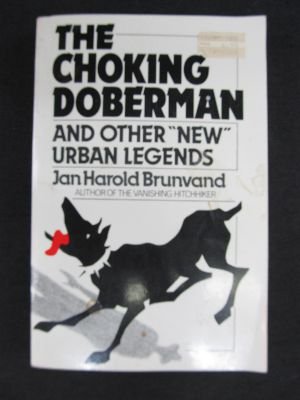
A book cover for The Choking Doberman: And Other Urban Legends; Brunvand; Humor & Entertainment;